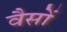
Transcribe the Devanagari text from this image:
वैसों